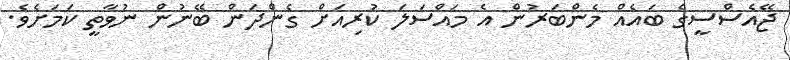
ޖޭއެސްސީގެ ބައެއް މެންބަރުން އެ މައްސަލަ ކުރިއަށް ގެންދަން ބޭނުން ނުވާތީ ކަމަށެވެ.